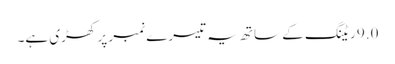
9.0 ریٹنگ کے ساتھ یہ تیسرے نمبر پر کھڑی ہے۔